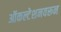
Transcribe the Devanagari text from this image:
ऑकल्टेशनवरून